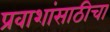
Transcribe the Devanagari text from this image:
प्रवाशांसाठीचा